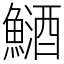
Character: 䲤